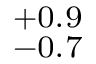
^ { + 0 . 9 } _ { - 0 . 7 }